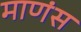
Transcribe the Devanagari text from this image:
माणंस